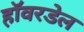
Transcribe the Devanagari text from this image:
हॉवरडेल